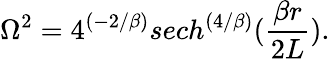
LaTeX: \Omega^{2}=4^{(-2/\beta)}sech^{\left({4/\beta}\right)}({\frac{\beta r}{2L}}).